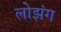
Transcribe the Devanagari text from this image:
लोझंग